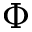
\Phi